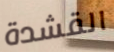
القشدة